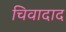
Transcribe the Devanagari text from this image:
चिवादाद